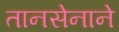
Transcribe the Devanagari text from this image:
तानसेनाने